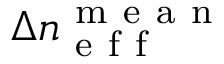
\Delta n _ { \mathrm { ~ e ~ f ~ f ~ } } ^ { \mathrm { ~ m ~ e ~ a ~ n ~ } }